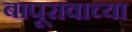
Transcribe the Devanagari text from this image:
बापूरावाच्या